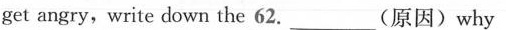
get angry,write down the 62. ___ (原因)why